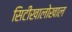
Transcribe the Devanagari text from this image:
सिटीखालोखाल